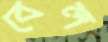
বেল